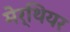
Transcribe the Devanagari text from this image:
मेर्थियर